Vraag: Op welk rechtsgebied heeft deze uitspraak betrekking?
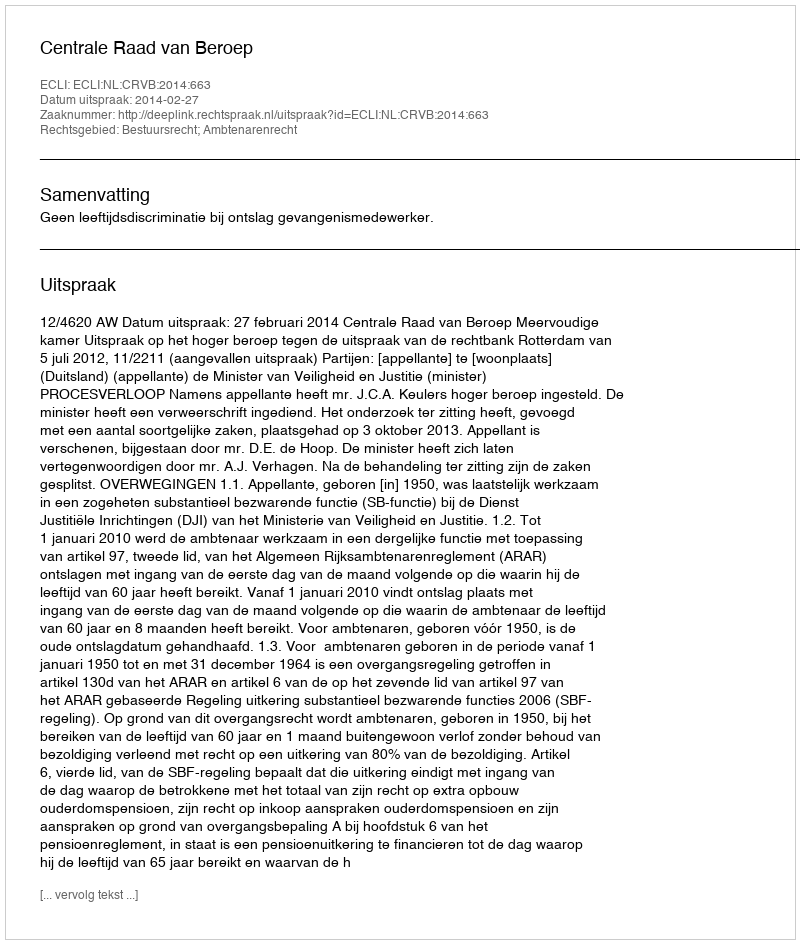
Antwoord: Bestuursrecht; Ambtenarenrecht